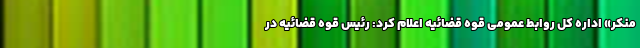
منکر» اداره کل روابط عمومی قوه قضائیه اعلام کرد: رئیس قوه قضائیه در